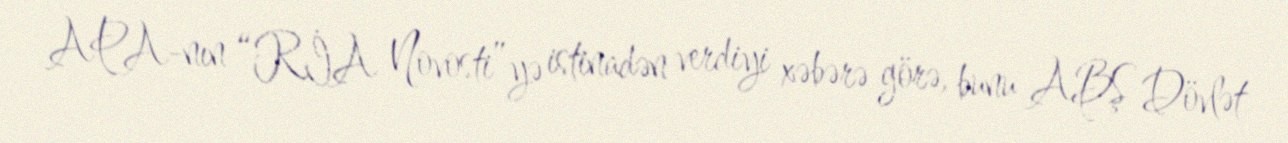
APA-nın “RİA Novosti”yə istinadən verdiyi xəbərə görə, bunu ABŞ Dövlət